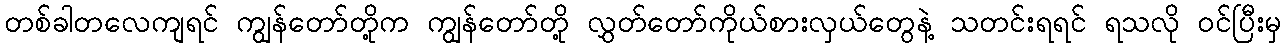
တစ်ခါတလေကျရင် ကျွန်တော်တို့က ကျွန်တော်တို့ လွှတ်တော်ကိုယ်စားလှယ်တွေနဲ့ သတင်းရရင် ရသလို ဝင်ပြီးမှ